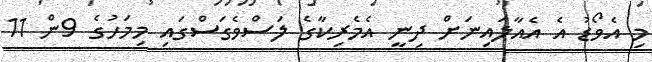
މި އެވޯޑު އެ އެއާލައިނަށް ދިނީ އެމެރިކާގެ ލަސްވެގަސްގައި މިމަހުގެ 9ން 11